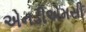
એનડીએમસી